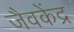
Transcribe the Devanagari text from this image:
जैवकेंद्र